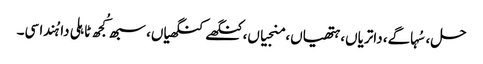
حل، سُہاگے، داتریاں، ہتھیاں، منجیاں، کنگھے کنگھیاں، سبھ کُجھ ٹاہلی دا ہُندا سی۔